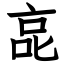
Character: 㖜